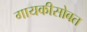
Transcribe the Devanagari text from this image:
गायकीसोबत